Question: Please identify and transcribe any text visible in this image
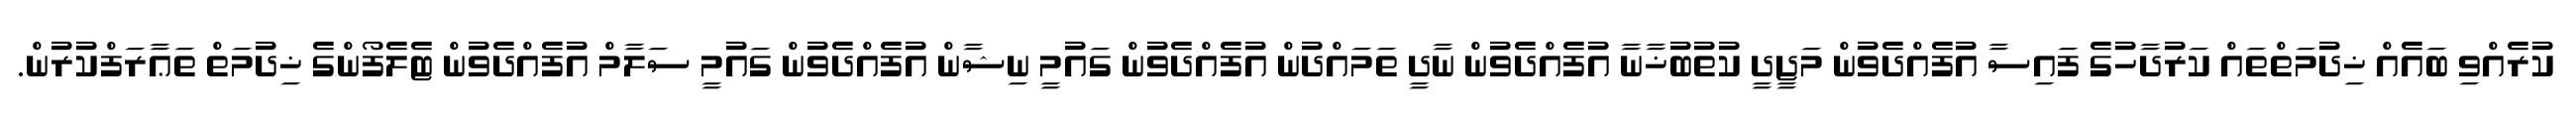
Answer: ކުރެއްވި ބައެއް ޚިދުމަތްތައް ކަރުދާހުގެ ފައިސާ އުފެއްދެވުން މަޖީދީ ކުތުބުޚާނާ އުފެއްދެވުން ނާދީ ތަމައްދުން އުފެއްދެވުން ގައުމީ ނިޝާން އުފެއްދެވުން ގައުމީ ސަލާމް އުފެއްދެވުން ޓެލެފޯންގެ ޚިދުމަތް ތަޢާރަފްކުރުން.